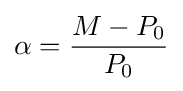
\alpha ={\frac {M-P_{0}}{P_{0}}}